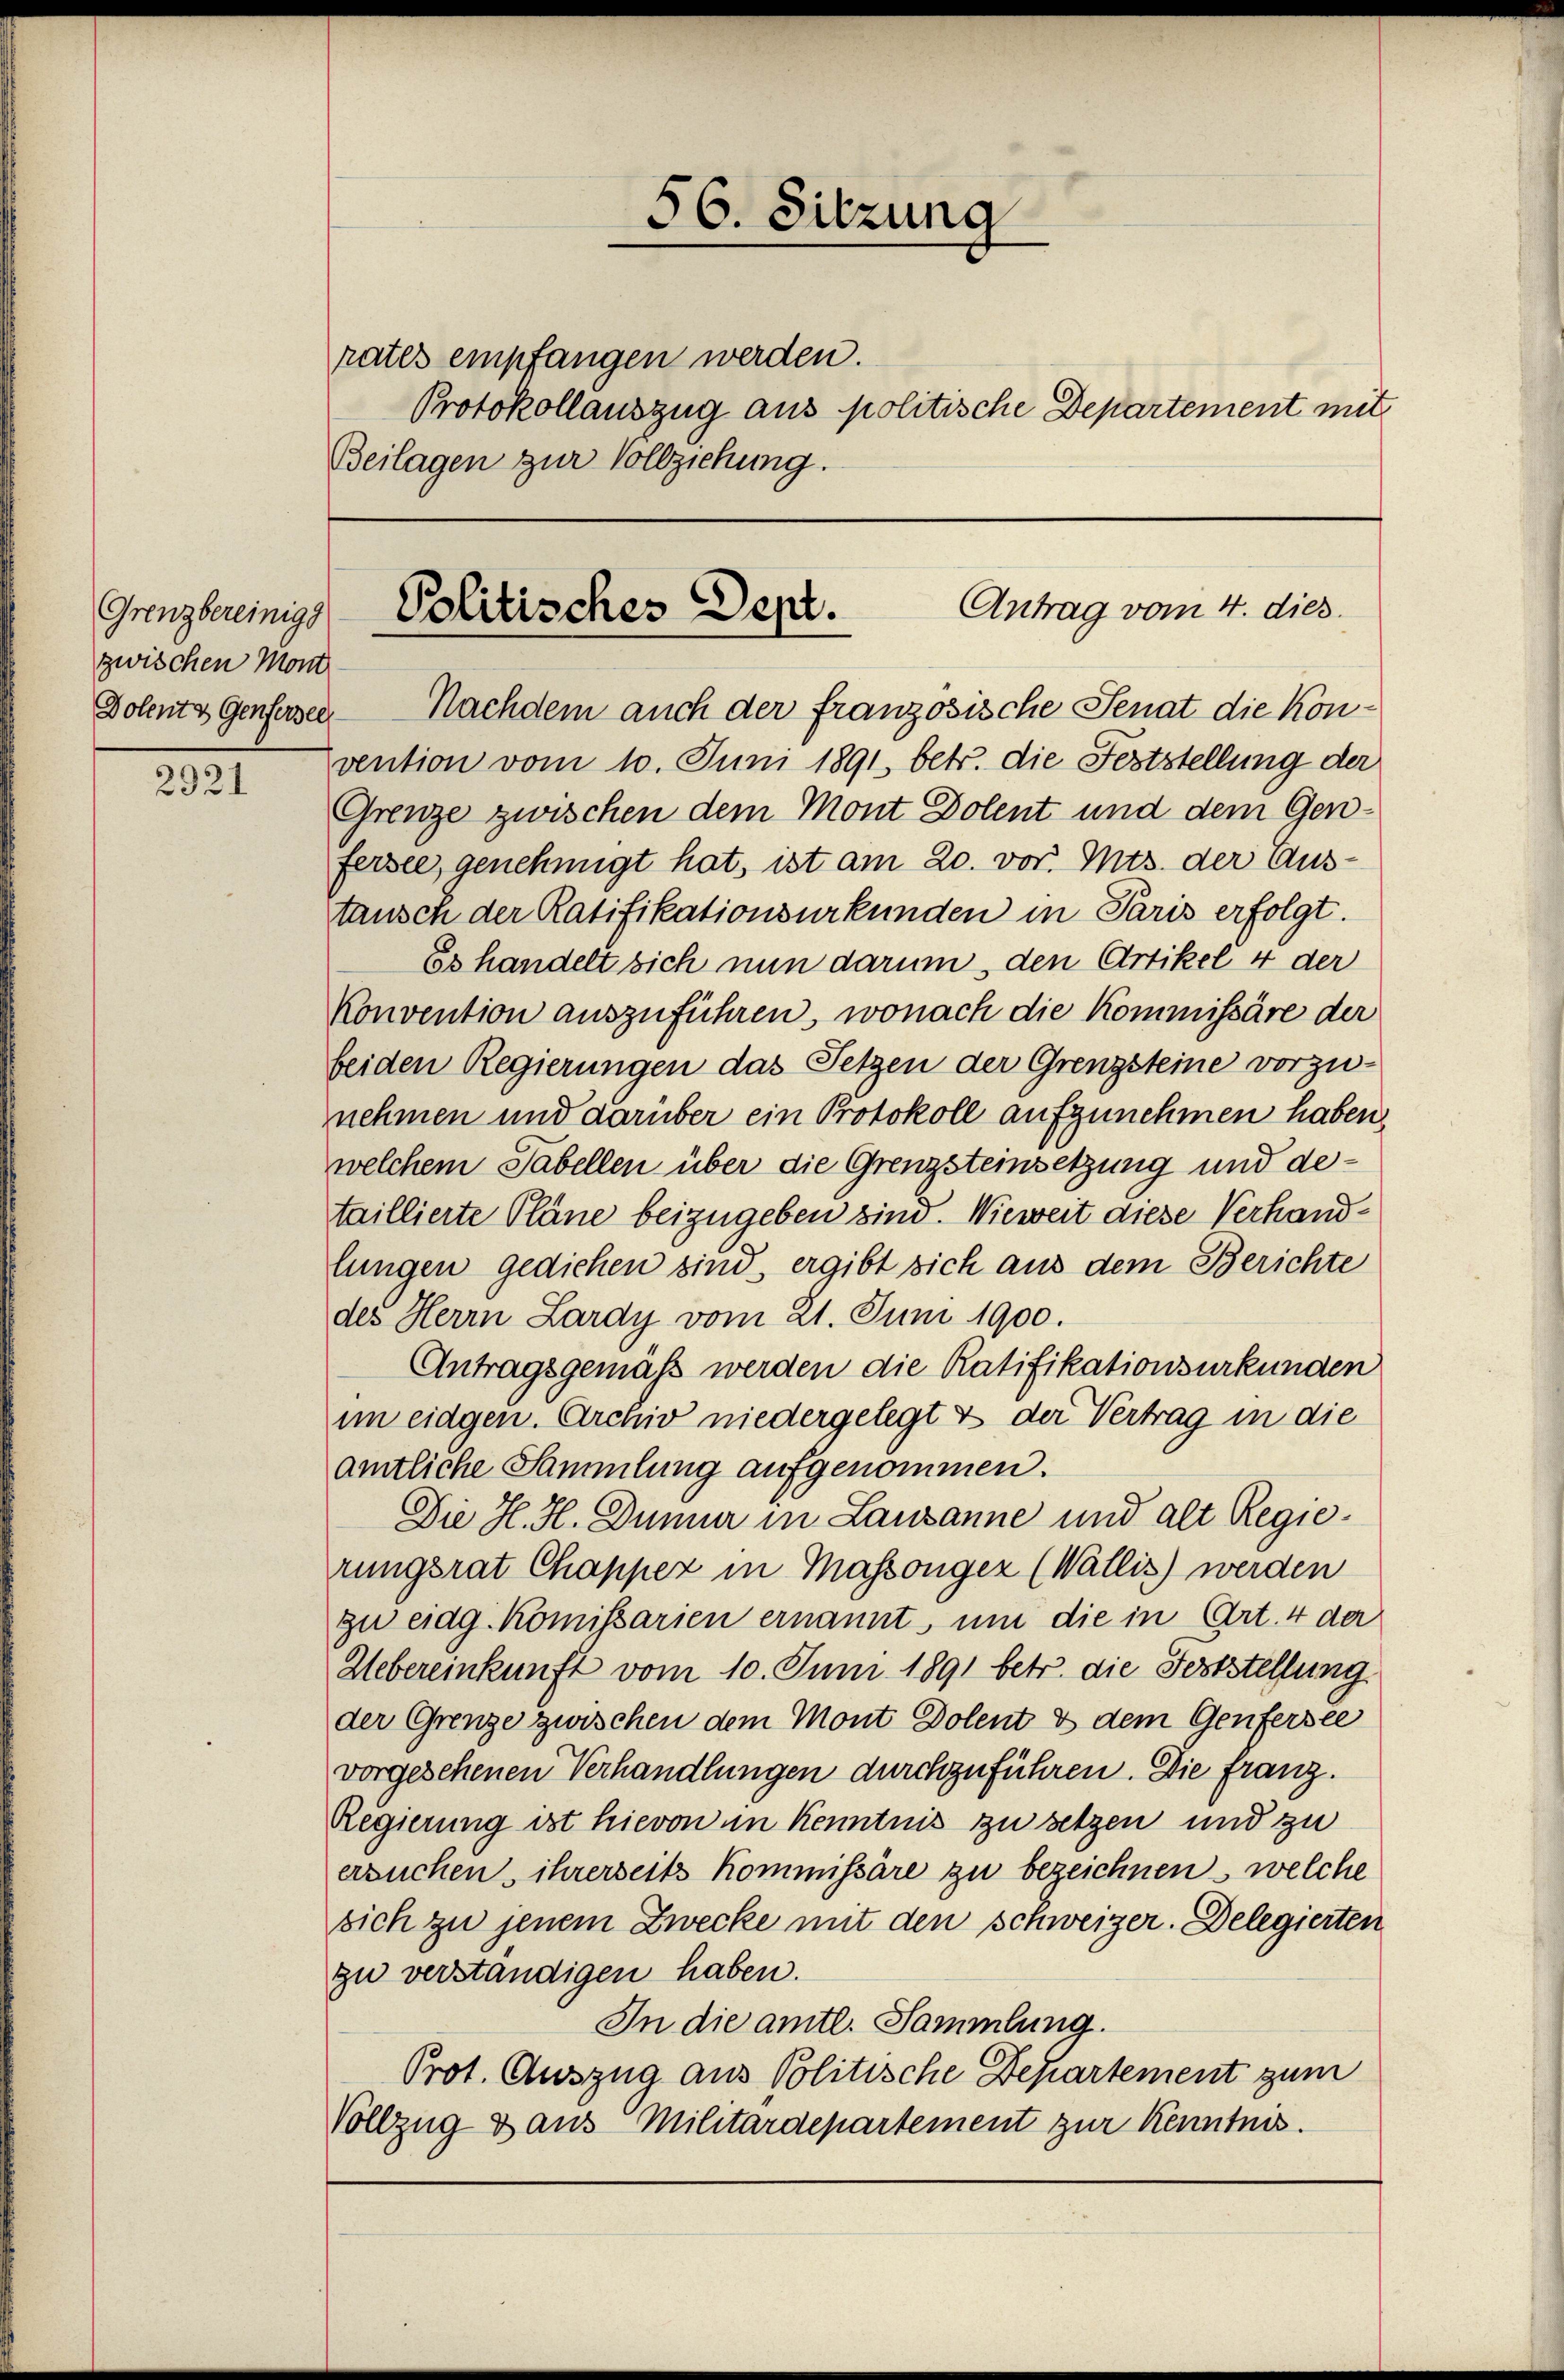
zwischen Moni
Dolente Genfersel

2921

rates empfangen werden.
Protokollauszug aus politische Departement mit
Beilagen zur Vollziehung.

Antrag vom 4. dies
Grenzbereinige Politisches Dept.

56. Sitzung

Nachdem auch der französische Senat die Konvention vom 10. Juni 1891 betr. die Feststellung der
Grenze zwischen dem Mont Dolent und dem Genferste, genehmigt hat, ist am 20. vor. Mts. der Austausch der Ratifikationsurkunden in Paris erfolgt.
Es handelt sich nun darum, den Artikel 4 der
Konvention auszuführen, wonach die Kommissäre der
beiden Regierungen das Setzen der Grenzsteine vorzunehmen und darüber ein Protokoll aufzunehmen haben,
welchem Tabellen über die Grenzsteinsetzung und detaillierte Pläne beizugeben sind. Wieweit diese Verhandlungen gediehen sind, ergibt sich aus dem Berichte
des Herrn Lardy vom 21. Juni 1900.
Antragsgemäß werden die Ratifikationsurkunden
im eidgen. Archiv niedergelegt & der Vertrag in die
amtliche Sammlung aufgenommen.
Die H. H. Dünner in Lausanne und alt Regierungsrat Chappez in Massonger (Wallis) werden
zu eidg. Komissarien ernannt, um die in Art. 4 der
Uebereinkunft vom 10. Juni 1891 betr. die Feststellung.
der Grenze zwischen dem Mont Dolent & dem Genfersee
vorgesehenen Verhandlungen durchzuführen. Die franz.
Regierung ist hievon im Kenntnis zu setzen und zu
ersuchen, ihrerseits Kommissäre zu bezeichnen, welche
sich zu jenem Zwecke mit den schweizer. Delegierten
zu verständigen haben.
In die amtl. Sammlung.
Prot. Auszug aus Politische Departement zum
Vollzug dans Militärdepartement zur Kenntnis.